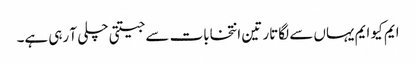
ایم کیو ایم یہاں سے لگاتار تین انتخابات سے جیتتی چلی آ رہی ہے۔